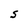
Character: S